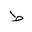
Letter: _da